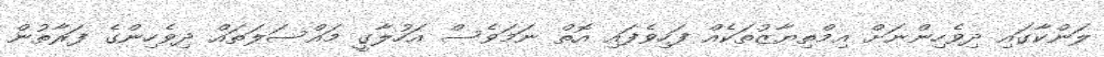
ލަންކާގައި ދިވެހިންނަށް އިމްތިޔާޒުތަކެއް ފަހިވެފައި އޮތް ނަމަވެސް އަހުލާގީ މައްސަލަތައް ދިވެހިންގެ ފަރާތުން